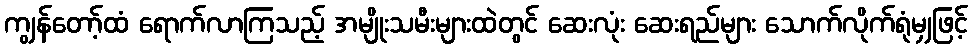
ကျွန်တော့်ထံ ရောက်လာကြသည့် အမျိုးသမီးများထဲတွင် ဆေးလုံး ဆေးရည်များ သောက်လိုက်ရုံမျှဖြင့်